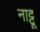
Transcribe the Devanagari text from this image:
नाट्टू